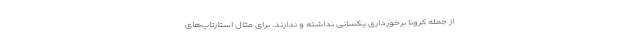
از جمله کرونا برخورداری یکسانی نداشته و ندارند. برای مثال استارتاپ‌های